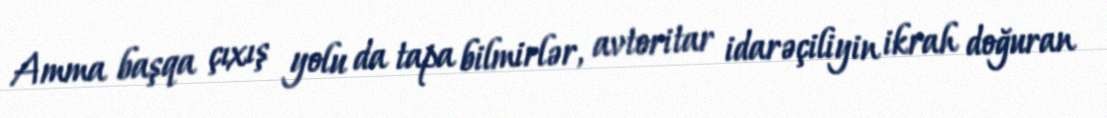
Amma başqa çıxış yolu da tapa bilmirlər, avtoritar idarəçiliyin ikrah doğuran